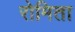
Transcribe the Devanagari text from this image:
रोमिता